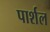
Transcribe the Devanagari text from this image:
पार्शल